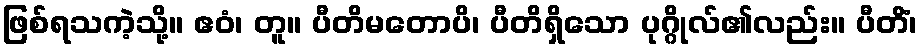
ဖြစ်ရသကဲ့သို့။ ဧဝံ၊ တူ။ ပီတိမတောပိ၊ ပီတိရှိသော ပုဂ္ဂိုလ်၏လည်း။ ပီတိံ၊